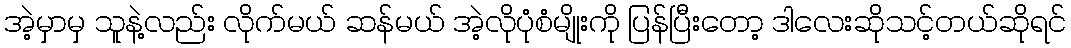
အဲ့မှာမှ သူနဲ့လည်း လိုက်မယ် ဆန်မယ် အဲ့လိုပုံစံမျိုးကို ပြန်ပြီးတော့ ဒါလေးဆိုသင့်တယ်ဆိုရင်